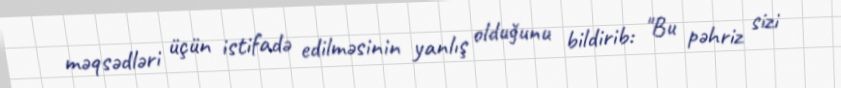
məqsədləri üçün istifadə edilməsinin yanlış olduğunu bildirib: "Bu pəhriz sizi